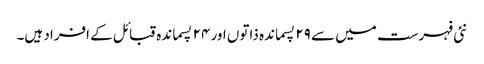
نئی فہرست میں سے ۲۹ پسماندہ ذاتوں اور ۲۴ پسماندہ قبائل کے افراد ہیں۔